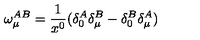
\omega _ { \mu } ^ { A B } = \frac { 1 } { x ^ { 0 } } ( \delta _ { 0 } ^ { A } \delta _ { \mu } ^ { B } - \delta _ { 0 } ^ { B } \delta _ { \mu } ^ { A } )